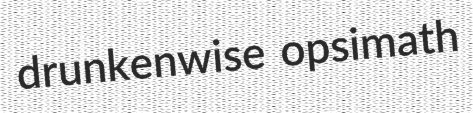
drunkenwise opsimath